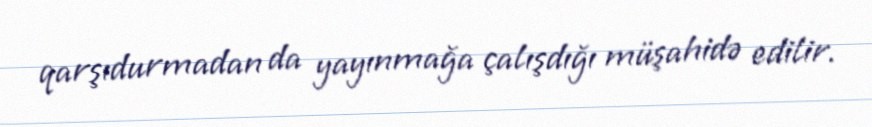
qarşıdurmadan da yayınmağa çalışdığı müşahidə edilir.